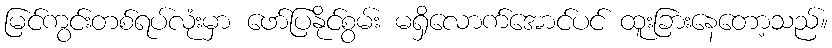
မြင်ကွင်းတစ်ရပ်လုံးမှာ ဖော်ပြနိုင်စွမ်း မရှိလောက်အောင်ပင် ထူးခြားနေတော့သည်။